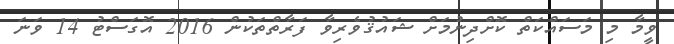
ވީމާ މި މަސައްކަތް ކޮށްދިނުމަށް ޝައުޤުވެރިވާ ފަރާތްތަކުން 2016 އޮގަސްޓު 14 ވަނަ